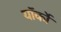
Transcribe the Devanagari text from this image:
यॉर्कों